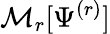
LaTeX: \mathcal{M}_{r}[\Psi^{(r)}]